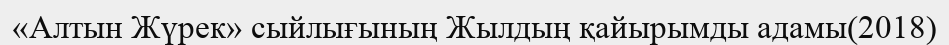
«Алтын Жүрек» сыйлығының Жылдың қайырымды адамы(2018)